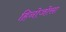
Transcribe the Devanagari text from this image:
हिनोजोसा